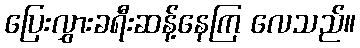
ပြေးလွှားခရီးဆန့်နေကြ လေသည်။